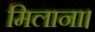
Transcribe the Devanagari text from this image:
मिलाना।